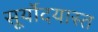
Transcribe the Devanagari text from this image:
सूर्योदयास्त